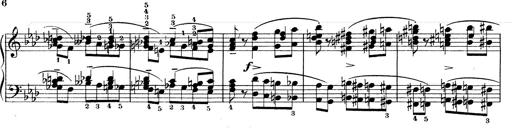
Title: Weinen, Klagen, Sorgen, Zagen
Composer: Franz Liszt